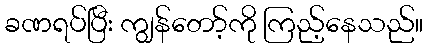
ခဏရပ်ပြီး ကျွန်တော့်ကို ကြည့်နေသည်။